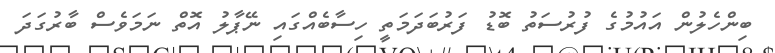
ބިންހެލުން އައުމުގެ ފުރުސަތު ބޮޑު ފަރުބަދަމަތީ ހިސާބެއްގައި ނޭޕާލު އޮތް ނަމަވެސް ބާރުގަދަ